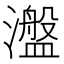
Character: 瀊